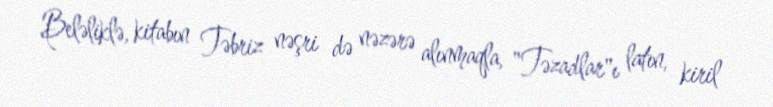
Beləliklə, kitabın Təbriz nəşri də nəzərə alınmaqla, "Təzadlar"ı latın, kiril